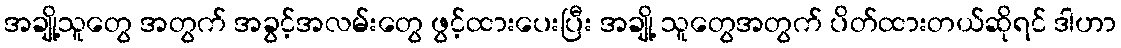
အချို့သူတွေ အတွက် အခွင့်အလမ်းတွေ ဖွင့်ထားပေးပြီး အချို့ သူတွေအတွက် ပိတ်ထားတယ်ဆိုရင် ဒါဟာ